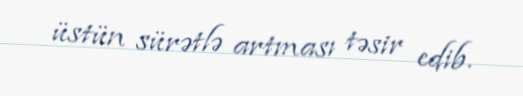
üstün sürətlə artması təsir edib.